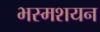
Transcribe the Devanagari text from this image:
भस्मशयन